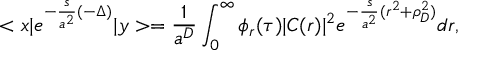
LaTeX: < x | e ^ { - \frac { s } { a ^ { 2 } } ( - \Delta ) } | y > = \frac { 1 } { a ^ { D } } \int _ { 0 } ^ { \infty } \phi _ { r } ( \tau ) | C ( r ) | ^ { 2 } e ^ { - \frac { s } { a ^ { 2 } } ( r ^ { 2 } + \rho _ { D } ^ { 2 } ) } d r ,